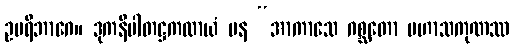
ဥပရိဘာဂေ။ ဒုကနိပါတဋ္ဌကထာယံ ပန “အာကာသေ ဂစ္ဆတော မဟာသကုဏဿ